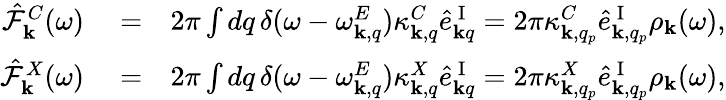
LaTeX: \begin{array}{rlr}{\hat{\mathcal{F}}_{{\mathbf k}}^{C}(\omega)}&{{}=}&{2\pi\int dq\, \delta(\omega-\omega_{{\mathbf k},q}^{E})\kappa_{{\mathbf k},q}^{C}\hat{e}_{{\mathbf k}q}^{\mathrm{~I~}}=2\pi\kappa_{{\mathbf k},q_{p}}^{C}\hat{e}_{{\mathbf k},q_{p}}^{\mathrm{~I~}}\rho_{{\mathbf k}}(\omega),}\\ {\hat{\mathcal{F}}_{{\mathbf k}}^{X}(\omega)}&{{}=}&{2\pi\int dq\, \delta(\omega-\omega_{{\mathbf k},q}^{E})\kappa_{{\mathbf k},q}^{X}\hat{e}_{{\mathbf k}q}^{\mathrm{~I~}}=2\pi\kappa_{{\mathbf k},q_{p}}^{X}\hat{e}_{{\mathbf k},q_{p}}^{\mathrm{~I~}}\rho_{{\mathbf k}}(\omega),}\end{array}